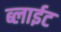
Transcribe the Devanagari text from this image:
ब्लाईट